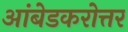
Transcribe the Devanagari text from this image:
आंबेडकरोत्तर